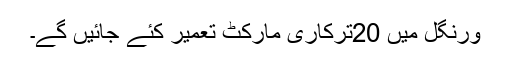
ورنگل میں 20ترکاری مارکٹ تعمیر کئے جائیں گے۔